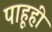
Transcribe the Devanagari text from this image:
पाहूही